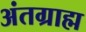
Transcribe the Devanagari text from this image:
अंतग्राह्म